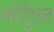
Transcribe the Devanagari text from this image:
मॉडुल